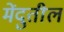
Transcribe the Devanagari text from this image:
मेंदुतील